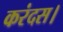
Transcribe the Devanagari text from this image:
करंदस।